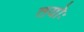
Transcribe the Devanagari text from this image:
तयोः